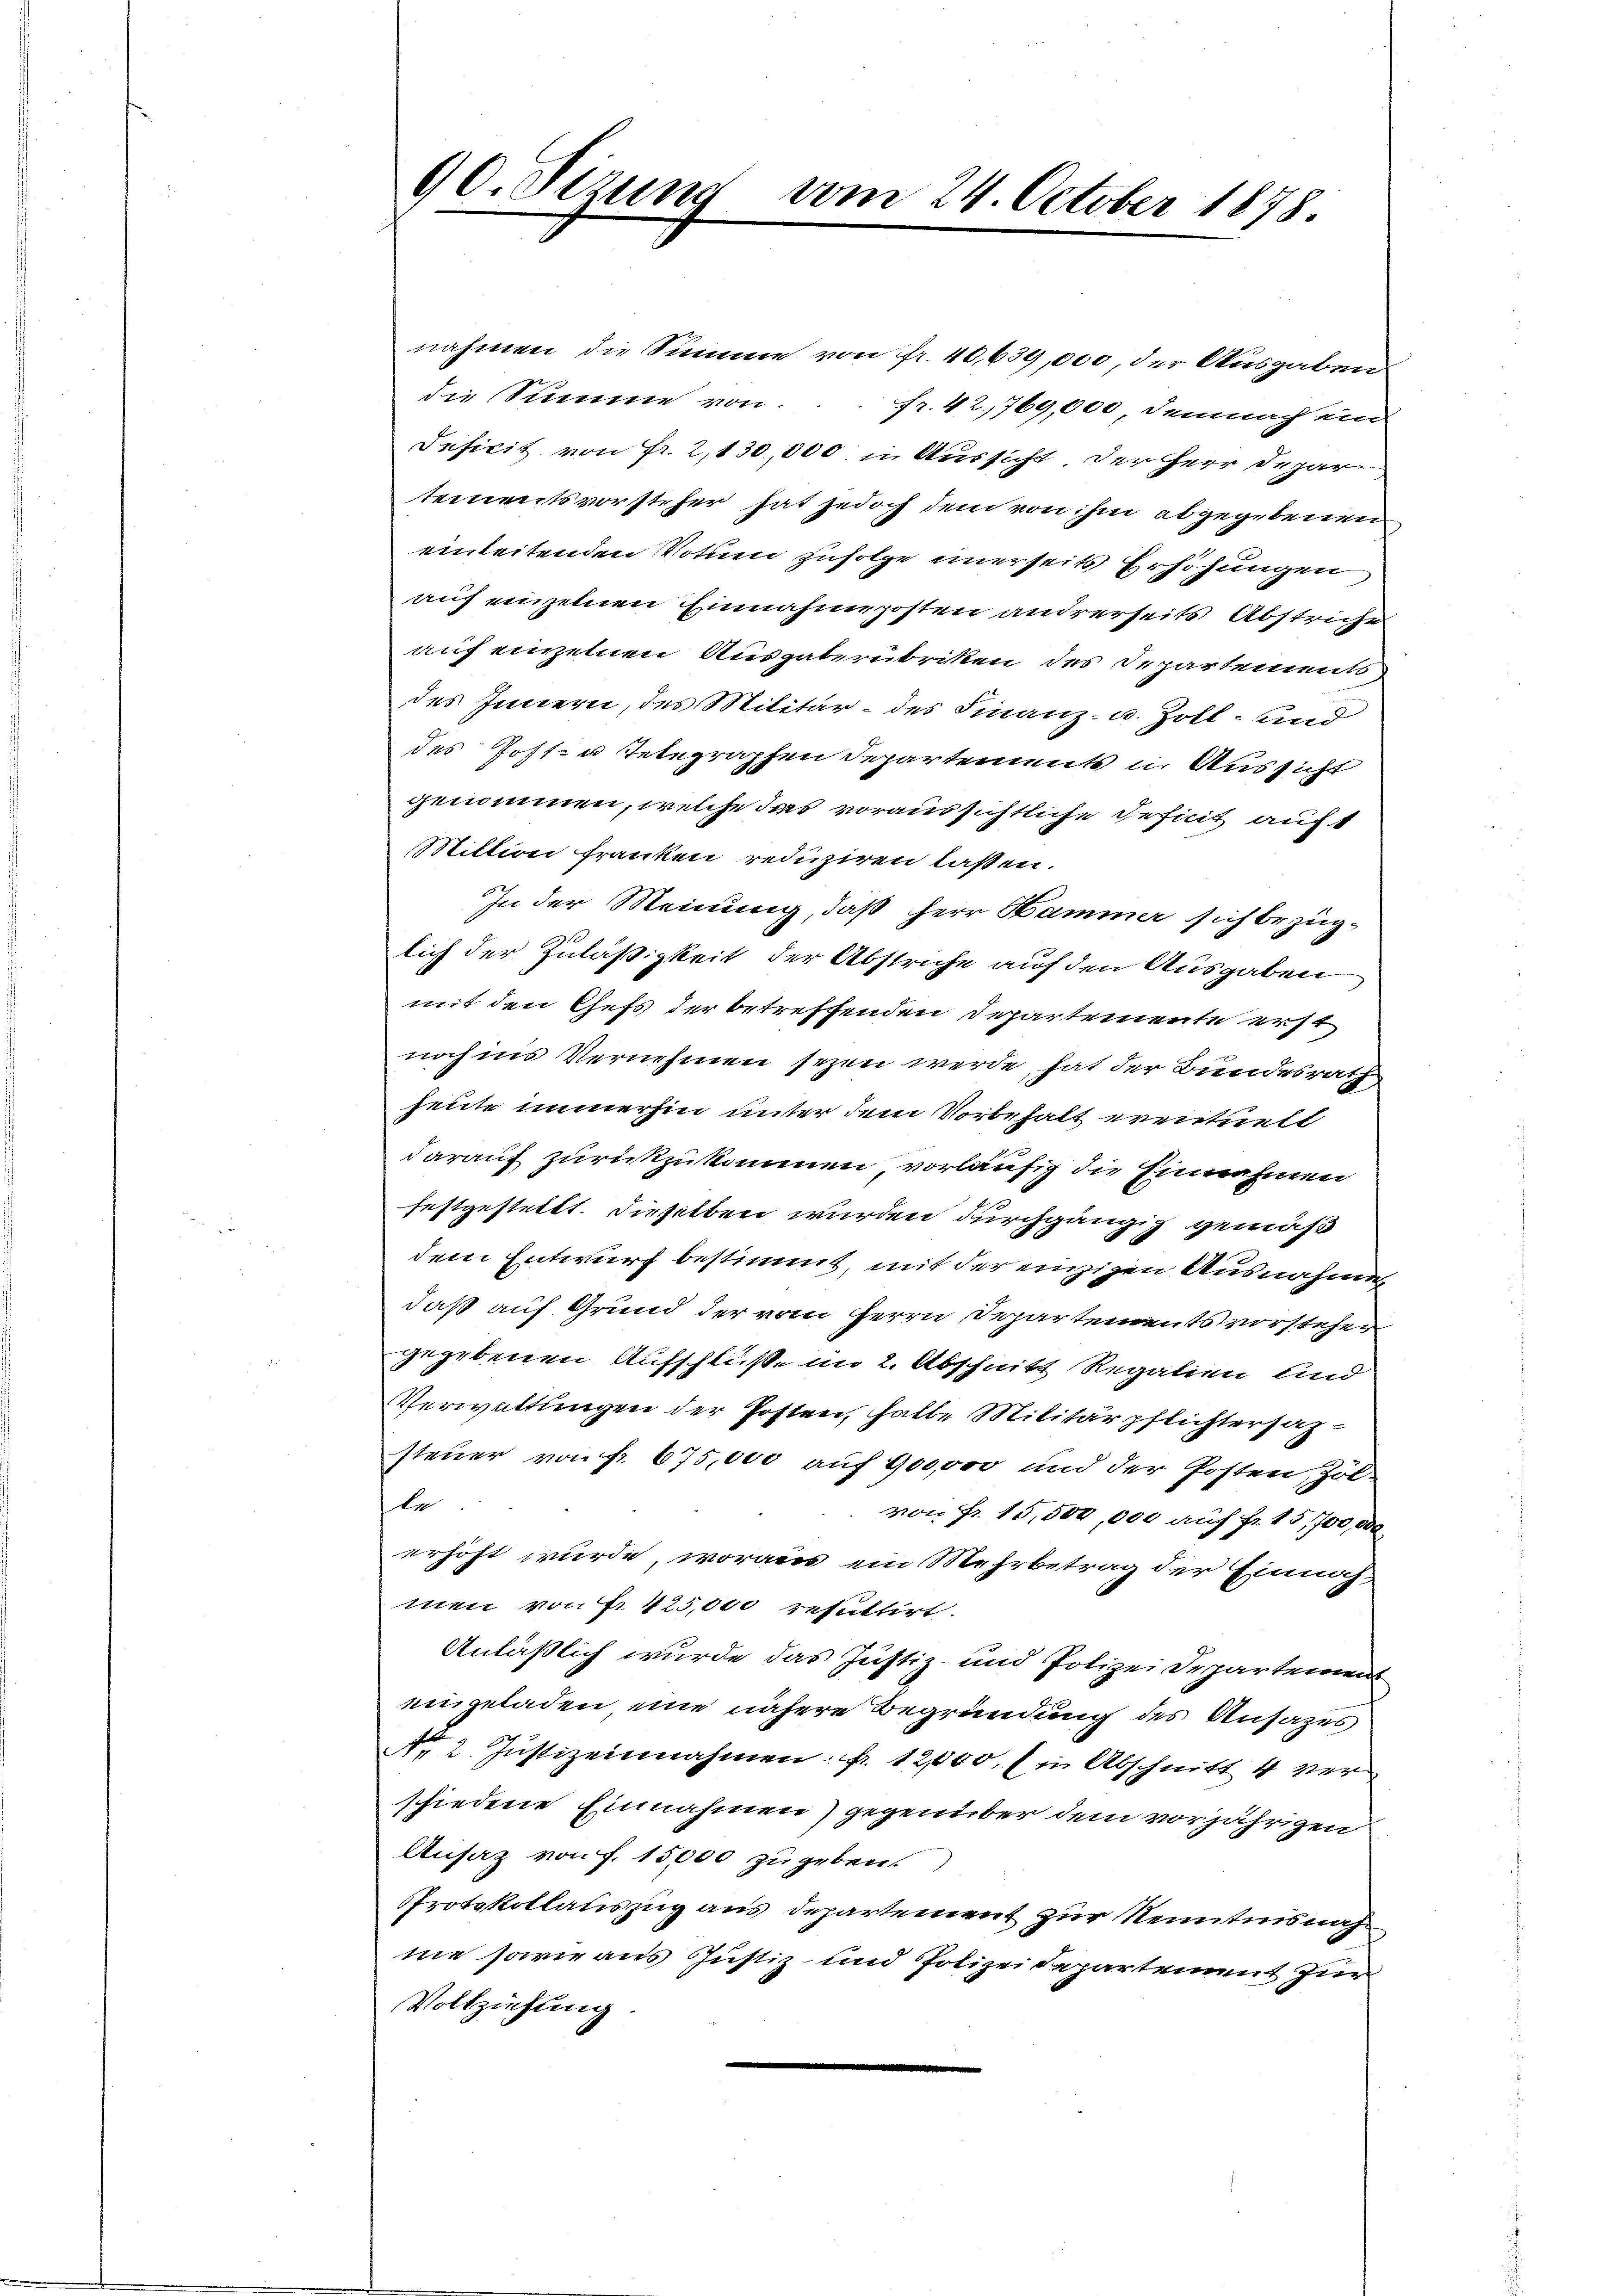
90. Sizung vom 24. October 1878.

nahmen die Summe von fr. 40639,000, der Ausgaben
die Summe von fr. 42,769,000 demnach ein
Inficit von Fr. 2,130,000 in Aussicht der Herr Depar
tementsvorsteher hat jedoch dem von ihm abgegebenen
einleitenden Votum zufolge einerseits Erhöhungen
auf einzelnen Einnahme posten andrerseits Abstrige
auf einzelnen Ausgaberubritten des Departements
des Innern, des Militär- des Finanz- u. Zoll- und
des Post- u Telegraphen Departements in Aussicht
genommen, welche das voraussichtliche Deficit auft
Mittini franken reduziren lassen.
In der Meinung, daß Herr Kammer sich bezüglich der Zuläßigkeit der Abstriche auf den Ausgaben
mit den Chefs der betreffenden Departemente erst
noch ins Vernehmen sezen werde, hat der Bundesrath
heute immerhin unter dem Vorbehalt ereittelt
darauf zurückzukommen, vorläufig die Einnahmen
festgestellt. Dieselben wurden durchgängig gemäß
dem Entwurf bestimmt, mit der einzigen Ausnahme
daß auf Grund der vom Herrn Departementsvorsteher
gegebenen Aufschlüße im 2. Abschnitt Regalien und
Verwaltungen der Posten, halte Militärpflichtersazsteuer von fr. 675,000 auf 900,000 und der Posten, Zol-
le
von Fr. 15,500,000 auf fr. 15,700,000
erhöht wurde, woraus ein Mehrbetrag der Einnah-
men von Nr. 425,000 resultirt.
Anläßlich wurde das Justiz- und Polizei Departement
eingeladen eine nähere Begründung des Ansatzes
Nr. 2. Justiz einnahmen. fr. 12,000, (in Abschnitt 4 vershiedene Einnahmen) gegenüber dem vorjährigen
Ansaz von f. 15000 zugeben.
Protokollauszug aus Departement zur Kenntnisnah
ne sowie aus Justiz- und Polizeidepartement zur
Vollziehung.